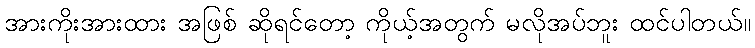
အားကိုးအားထား အဖြစ် ဆိုရင်တော့ ကိုယ့်အတွက် မလိုအပ်ဘူး ထင်ပါတယ်။